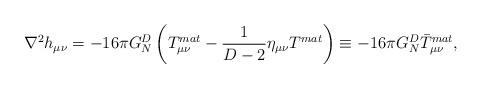
LaTeX: \begin{align*}\nabla^2h_{\mu\nu}=-16\pi G^D_N\left(T^{mat}_{\mu\nu}-{1\over{D-2}}\eta_{\mu\nu}T^{mat}\right)\equiv-16\pi G^D_N\bar{T}^{mat}_{\mu\nu},\end{align*}